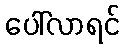
ပေါ်လာရင်